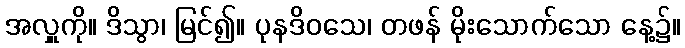
အလှူကို။ ဒိသွာ၊ မြင်၍။ ပုနဒိဝသေ၊ တဖန် မိုးသောက်သော နေ့၌။